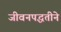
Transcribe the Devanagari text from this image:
जीवनपद्धतीने